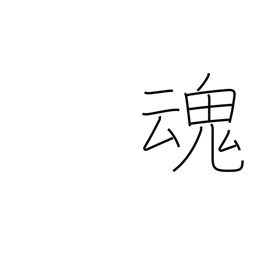
Meaning: soul